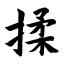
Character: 揉